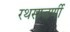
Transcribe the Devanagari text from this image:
रथसप्‍तर्णी